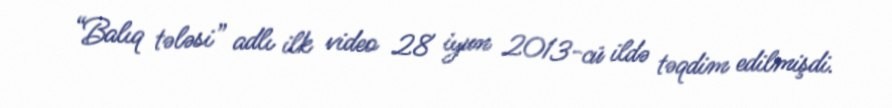
“Balıq tələsi” adlı ilk video 28 iyun 2013-cü ildə təqdim edilmişdi.